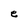
Character: e